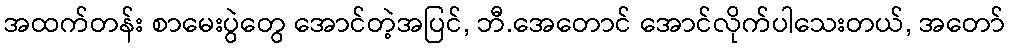
အထက်တန်း စာမေးပွဲတွေ အောင်တဲ့အပြင်, ဘီ.အေတောင် အောင်လိုက်ပါသေးတယ်, အတော်